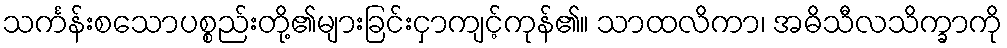
သင်္ကန်းစသောပစ္စည်းတို့၏များခြင်းငှာကျင့်ကုန်၏။ သာထလိကာ၊ အဓိသီလသိက္ခာကို